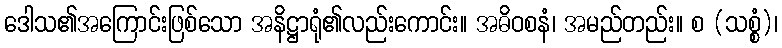
ဒေါသ၏အကြောင်းဖြစ်သော အနိဋ္ဌာရုံ၏လည်းကောင်း။ အဓိဝစနံ၊ အမည်တည်း။ စ (သစ္စံ)၊